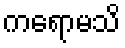
ကရောမသိ